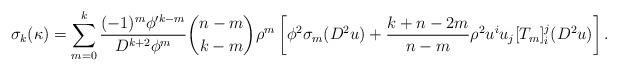
LaTeX: \begin{align*}\sigma_k(\kappa) = \sum\limits_{m=0}^k \dfrac{(-1)^m \phi'^{k-m}}{D^{k+2}\phi^m }{n-m \choose k-m} \rho^m \left[ \phi^2\sigma_m(D^2u) + \dfrac{k+n-2m}{n-m} \rho^2 u^iu_j[T_m]_i^j(D^2 u) \right]. \end{align*}